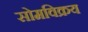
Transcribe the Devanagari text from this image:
सोमविक्रय